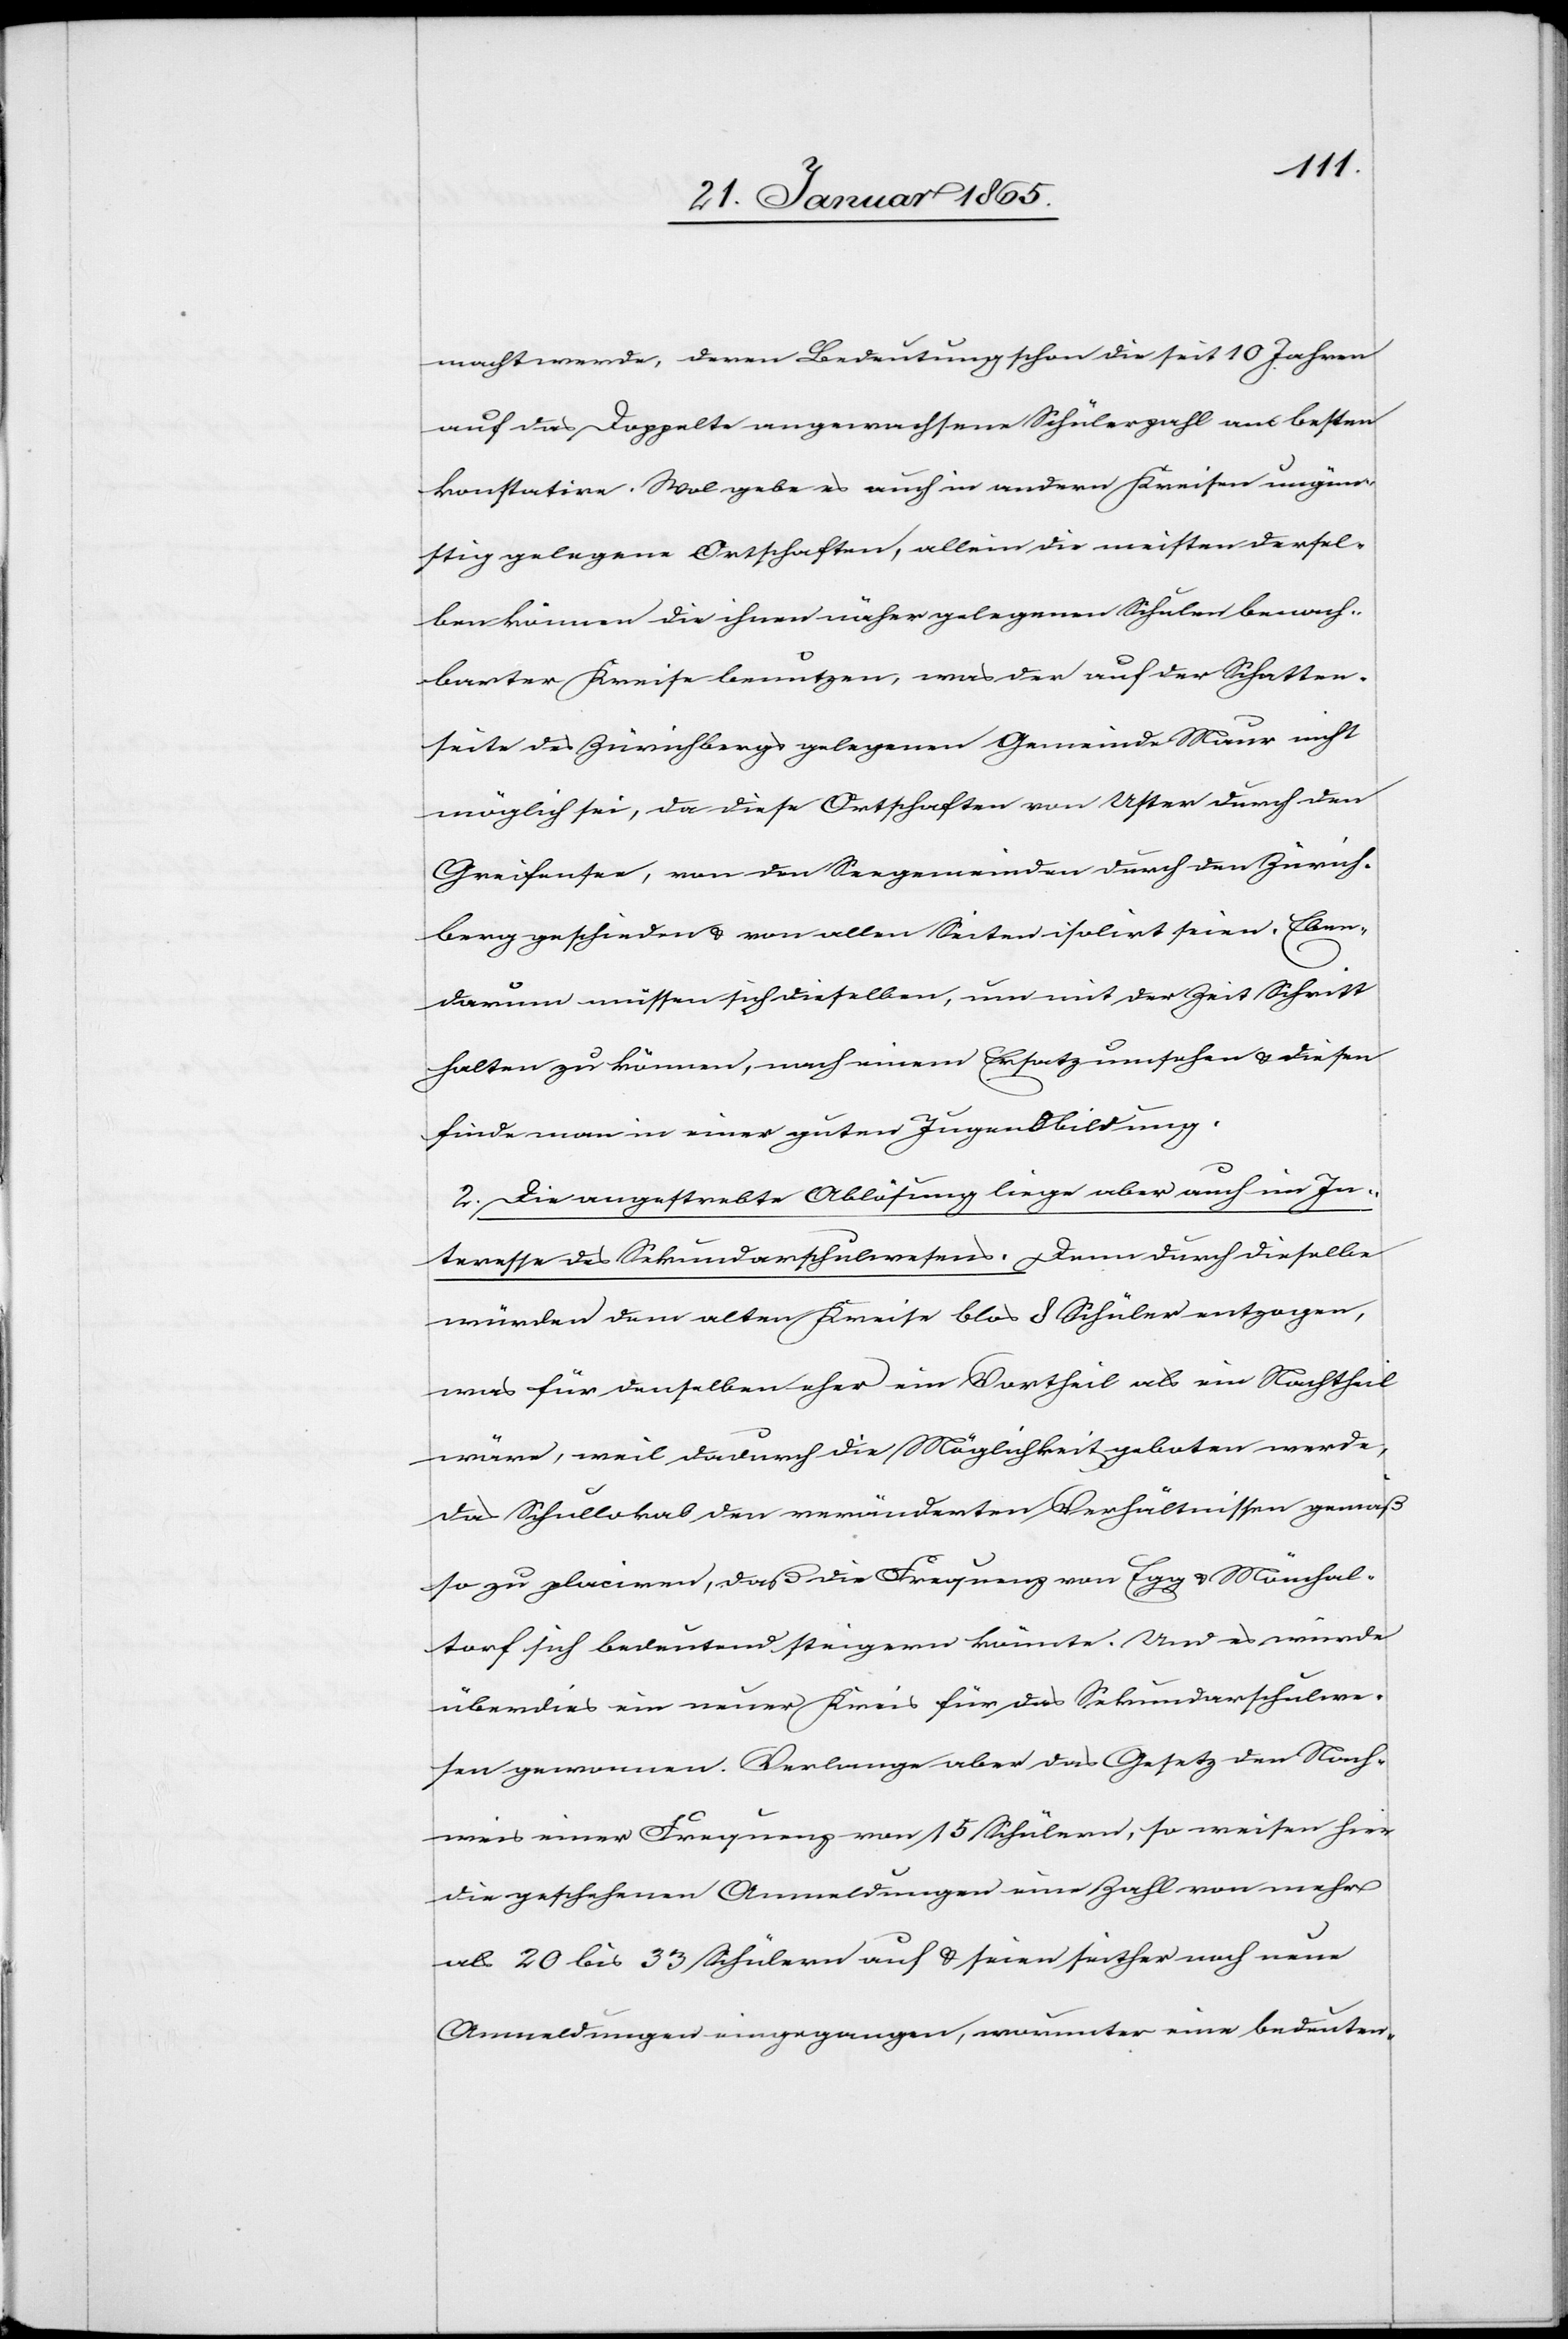
macht werde, deren Bedeutung schon die seit 10 Jahren
auf das Doppelte angewachsene Schülerzahl am besten
konstatire. Wol gebe es auch in andern Kreisen ungün¬
stig gelegene Ortschaften, allein die meisten dersel¬
ben können die ihnen näher gelegenen Schulen benach¬
barter Kreise benutzen, was der auf der Schatten¬
seite des Zürichbergs gelegenen Gemeinde Maur nicht
möglich sei, da diese Ortschaften von Uster durch den
Greifensee, von den Seegemeinden durch den Zürich¬
berg geschieden u. von allen Seiten isolirt seien. Eben¬
darum müssen sich dieselben, um mit der Zeit Schritt
halten zu können, nach einem Ersatz umsehen u. diesen
finde man in einer guten Jugendbildung.
2. Die angestrebte Ablösung liege aber auch im In¬
teresse des Sekundarschulwesens. Denn durch dieselbe
würden dem alten Kreise blos 8 Schüler entzogen,
was für denselben eher ein Vortheil als ein Nachtheil
wäre, weil dadurch die Möglichkeit geboten werde,
das Schullokal den veränderten Verhältnissen gemäß
so zu placiren, daß die Frequenz von Egg u. Mönchal¬
torf sich bedeutend steigern könnte. Und es würde
überdies ein neuer Kreis für das Sekundarschulwe¬
sen gewonnen. Verlange aber das Gesetz den Nach¬
weis einer Frequenz von 15 Schülern, so weisen hier
die geschehenen Anmeldungen eine Zahl von mehr
als 20 bis 33 Schülern auf u. seien seither noch neue
Anmeldungen eingegangen, worunter eine bedeuten-